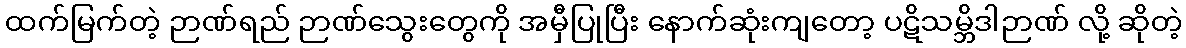
ထက်မြက်တဲ့ ဉာဏ်ရည် ဉာဏ်သွေးတွေကို အမှီပြုပြီး နောက်ဆုံးကျတော့ ပဋိသမ္ဘိဒါဉာဏ် လို့ ဆိုတဲ့